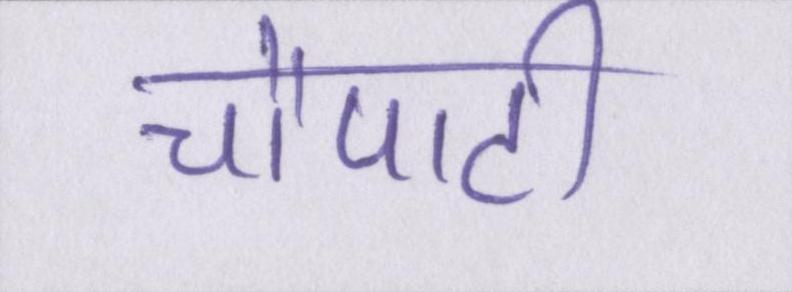
चौपाटी